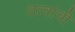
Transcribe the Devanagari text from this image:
तत्वांची